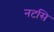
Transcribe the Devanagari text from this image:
नटसि